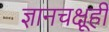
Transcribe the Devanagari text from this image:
ज्ञानचक्षूही